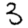
Digit: 3